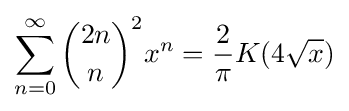
\sum _{n=0}^{\infty }{\binom {2n}{n}}^{2}x^{n}={\frac {2}{\pi }}K(4{\sqrt {x}})